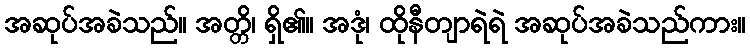
အဆုပ်အခဲသည်။ အတ္တိ၊ ရှိ၏။ အဒုံ၊ ထိုနီတျာရဲရဲ အဆုပ်အခဲသည်ကား။